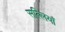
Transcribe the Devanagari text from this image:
सल्लियाँ